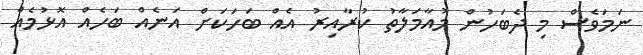
ނަމަވެސް މި ދެބަހުން މުއާމަލާތު ކުރާއިރު އެއް ބަހަކަށް އަނެއް ބަހެއް އޮޅުމެއް